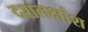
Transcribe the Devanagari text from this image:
दशलक्षांश